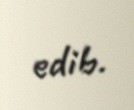
edib.